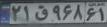
۲۱ق۹۶۸۶۱